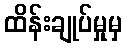
ထိန်းချုပ်မှုမှ